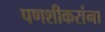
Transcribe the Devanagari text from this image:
पणशीकरांना